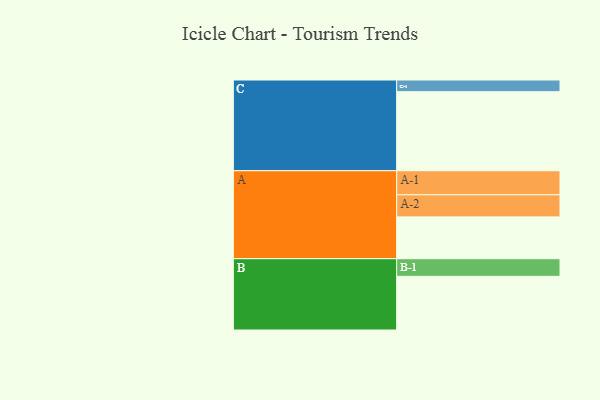
{"axis": {"x": "Segment", "y": "Value"}, "legend": ["", "A", "B", "C"], "data": [{"x": "A", "y": 301, "type": ""}, {"x": "B", "y": 386, "type": ""}, {"x": "C", "y": 569, "type": ""}, {"x": "A-1", "y": 173, "type": "A"}, {"x": "A-2", "y": 159, "type": "A"}, {"x": "B-1", "y": 127, "type": "B"}, {"x": "C-1", "y": 84, "type": "C"}]}